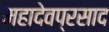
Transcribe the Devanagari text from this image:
महादेवप्रसाद